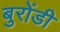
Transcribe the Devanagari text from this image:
बुरोंडी